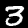
Digit: 3